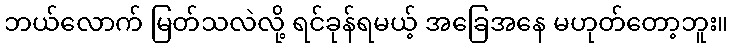
ဘယ်လောက် မြတ်သလဲလို့ ရင်ခုန်ရမယ့် အခြေအနေ မဟုတ်တော့ဘူး။